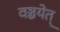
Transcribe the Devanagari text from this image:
वञ्चयेत्